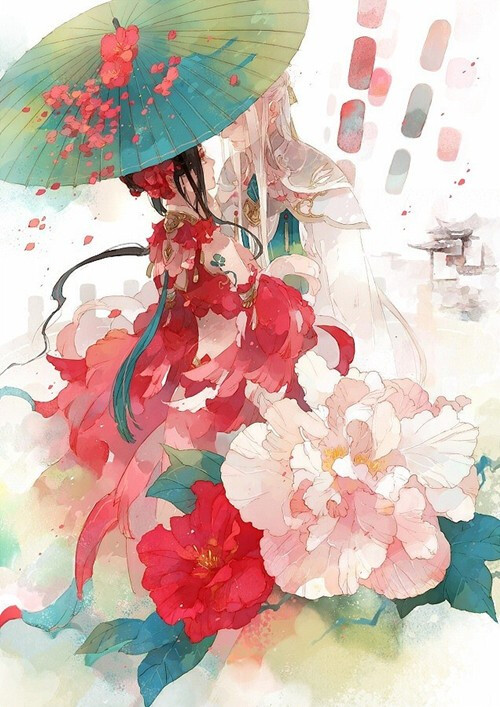
日暮东风怨啼鸟，落花犹似坠楼人。